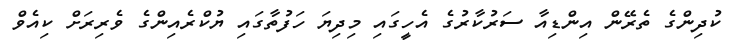
ކުދިންގެ ތެރޭން އިންޑިއާ ސަރުކާރުގެ އެހީގައި މިދިޔަ ހަފުތާގައި ޔުކްރެއިންގެ ވެރިރަށް ކިއެވް